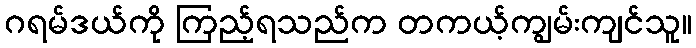
ဂရမ်ဒယ်ကို ကြည့်ရသည်က တကယ့်ကျွမ်းကျင်သူ။